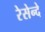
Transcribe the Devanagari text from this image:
रेसेन्दे